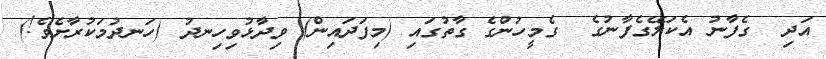
އަދި  ގެފާނު އެކަލޭގެފާނުގެ  ގެމީހުންގެ ގާތުގައި (މިފަދައިން) ވިދާޅުވިހިނދު (ހަނދުމަކުރާށެވެ!)